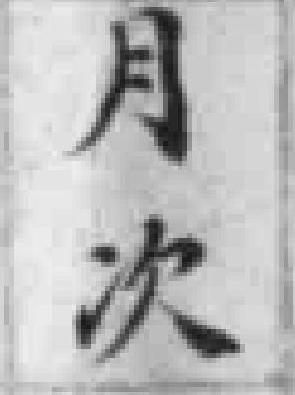
月次